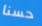
حسنا